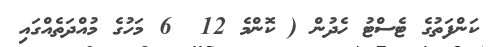
ކަންފަތުގެ ޓެސްޓު ހެދުން ( ކޮންމެ 12  6 މަހުގެ މުއްދަތެއްގައި